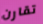
تقارن